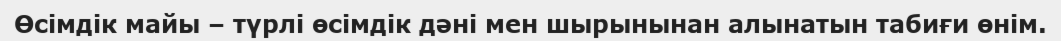
Өсімдік майы – түрлі өсімдік дәні мен шырынынан алынатын табиғи өнім.